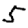
Digit: 5